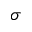
\sigma